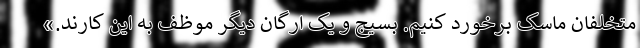
متخلفان ماسک برخورد کنیم. بسیج و یک ارگان دیگر موظف به این کارند.»